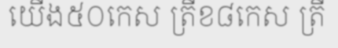
យើង៥០កេស ត្រីខ៨កេស ត្រី